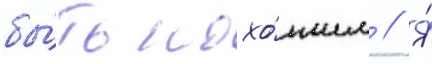
бы́ть похо́жим // Я́